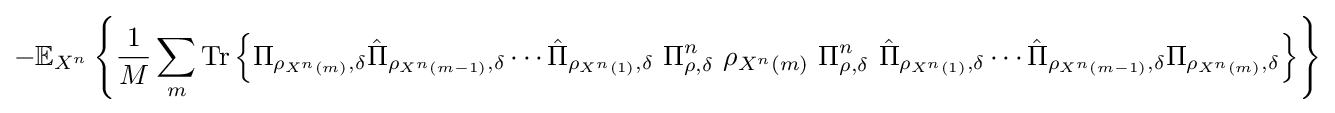
-\mathbb {E} _{X^{n}}\left\{{\frac {1}{M}}\sum _{m}{\text{Tr}}\left\{\Pi _{\rho _{X^{n}\left(m\right)},\delta }{\hat {\Pi }}_{\rho _{X^{n}\left(m-1\right)},\delta }\cdots {\hat {\Pi }}_{\rho _{X^{n}\left(1\right)},\delta }\ \Pi _{\rho ,\delta }^{n}\ \rho _{X^{n}\left(m\right)}\ \Pi _{\rho ,\delta }^{n}\ {\hat {\Pi }}_{\rho _{X^{n}\left(1\right)},\delta }\cdots {\hat {\Pi }}_{\rho _{X^{n}\left(m-1\right)},\delta }\Pi _{\rho _{X^{n}\left(m\right)},\delta }\right\}\right\}